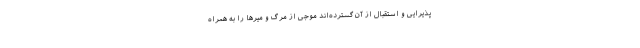
پذیرایی و استقبال از آن گسترده‌اند موجی از مرگ و میرها را به همراه